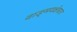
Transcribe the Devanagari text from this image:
वाङ्‌मयक्षेत्रात